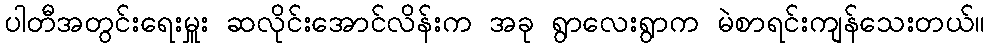
ပါတီအတွင်းရေးမှူး ဆလိုင်းအောင်လိန်းက အခု ရွာလေးရွာက မဲစာရင်းကျန်သေးတယ်။